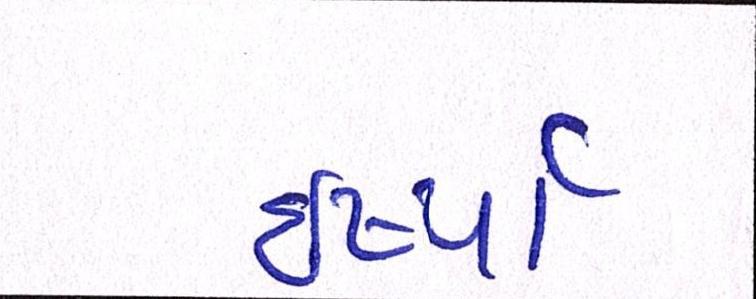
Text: ઈર્ષ્યા